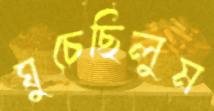
ঘুচেছিলুম